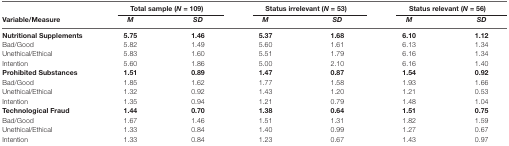
|  | <COLSPAN=2> Total sample (N = 109) | <COLSPAN=2> Status irrelevant (N = 53) | <COLSPAN=2> Status relevant (N = 56) |
 | Variable/Measure | M | SD | M | SD | M | SD |
 | --- | --- | --- | --- | --- | --- | --- |
 | Nutritional Supplements | 5.75 | 1.46 | 5.37 | 1.68 | 6.10 | 1.12 |
 | Bad/Good | 5.82 | 1.49 | 5.60 | 1.61 | 6.13 | 1.34 |
 | Unethical/Ethical | 5.83 | 1.60 | 5.51 | 1.79 | 6.16 | 1.34 |
 | Intention | 5.60 | 1.86 | 5.00 | 2.10 | 6.16 | 1.40 |
 | Prohibited Substances | 1.51 | 0.89 | 1.47 | 0.87 | 1.54 | 0.92 |
 | Bad/Good | 1.85 | 1.62 | 1.77 | 1.58 | 1.93 | 1.66 |
 | Unethical/Ethical | 1.32 | 0.92 | 1.43 | 1.20 | 1.21 | 0.53 |
 | Intention | 1.35 | 0.94 | 1.21 | 0.79 | 1.48 | 1.04 |
 | Technological Fraud | 1.44 | 0.70 | 1.38 | 0.64 | 1.51 | 0.75 |
 | Bad/Good | 1.67 | 1.46 | 1.51 | 1.31 | 1.82 | 1.59 |
 | Unethical/Ethical | 1.33 | 0.84 | 1.40 | 0.99 | 1.27 | 0.67 |
 | Intention | 1.33 | 0.84 | 1.23 | 0.67 | 1.43 | 0.97 |